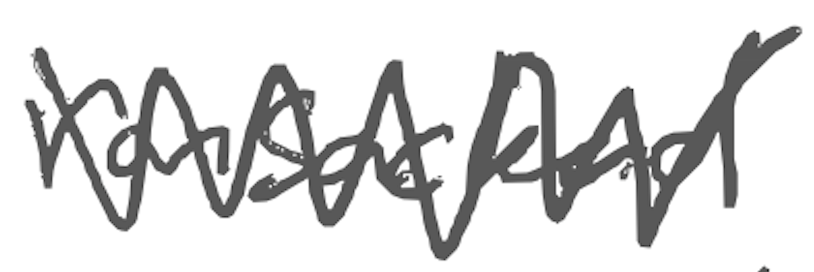
Text: ransacked
Cross-out: zig-zag
Writing tool: digital_gray